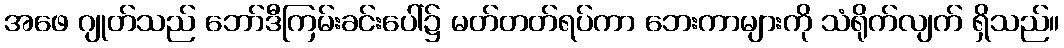
အဖေ ဂျုတ်သည် ဘော်ဒီကြမ်းခင်းပေါ်၌ မတ်တတ်ရပ်ကာ ဘေးကာများကို သံရိုက်လျက် ရှိသည်။